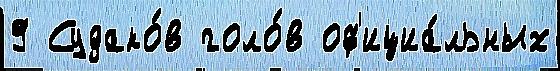
9 Судако́в голо́в оф'ициа́льных